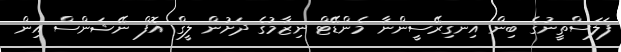
ފަލަސްތީނުގެ ބިން އިނގިރޭސީންނާ މެންޑޭޓް ނިޒާމުގެ ދަށުން ލީގް އޮފް ނޭޝަންސް އިން